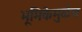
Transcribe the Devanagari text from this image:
भूमिकेमुळेच